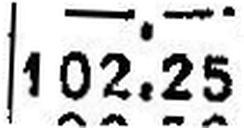
102.25